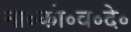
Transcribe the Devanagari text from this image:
ना॰को॰व॰दे॰